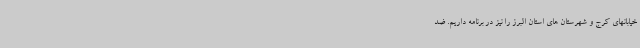
خیابانهای کرج و شهرستان های استان البرز را نیز در برنامه داریم. ضد